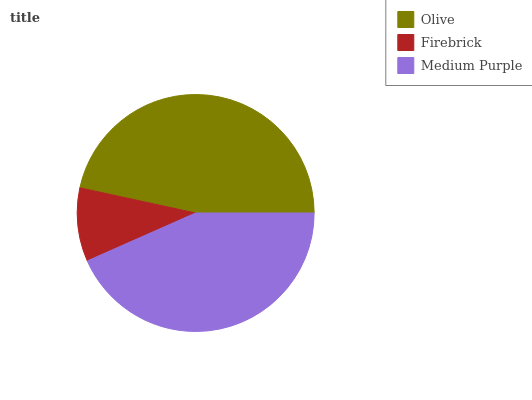
| Olive | Firebrick | Medium Purple |
 | --- | --- | --- |
 | 46.6% | 10% | 43.4% |